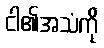
ငါ၏အသံကို